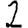
Digit: 2